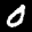
Label: 0